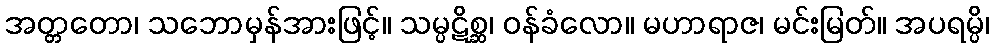
အတ္တတော၊ သဘောမှန်အားဖြင့်။ သမ္ပဋိစ္ဆ၊ ဝန်ခံလော။ မဟာရာဇ၊ မင်းမြတ်။ အပရမ္ပိ၊